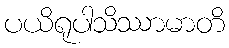
ပယိရုပါသိဿာမာတိ